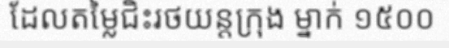
ដែលតម្លៃជិះរថយន្តក្រុង ម្នាក់ ១៥០០